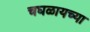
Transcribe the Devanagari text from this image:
चघळायच्या